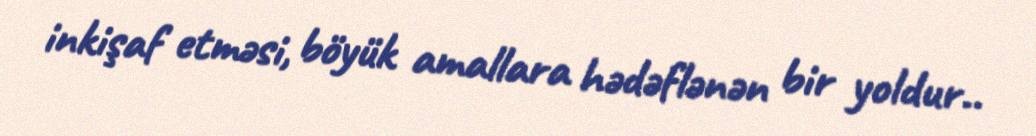
inkişaf etməsi, böyük amallara hədəflənən bir yoldur..